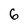
Character: 6